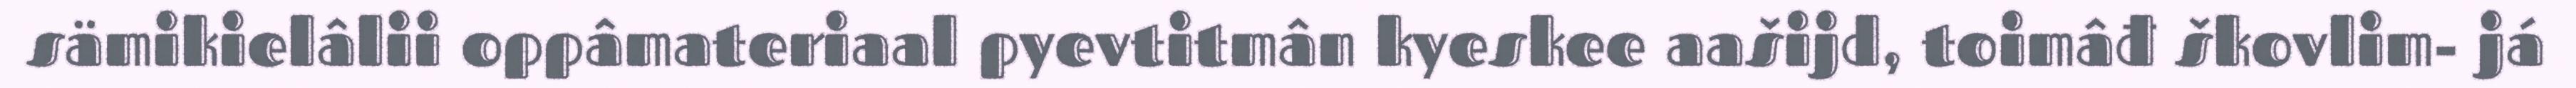
sämikielâlii oppâmateriaal pyevtitmân kyeskee aašijd, toimâđ škovlim- já